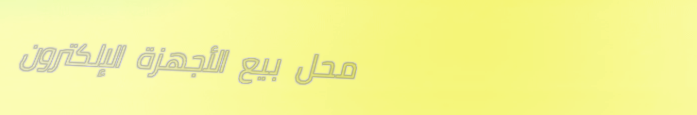
محل بيع الأجهزة الإلكترون